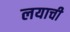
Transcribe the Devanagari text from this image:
लयाची